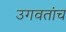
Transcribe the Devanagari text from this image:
उगवतांच